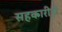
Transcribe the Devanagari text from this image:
सहकारीही